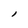
Character: l